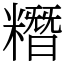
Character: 糣